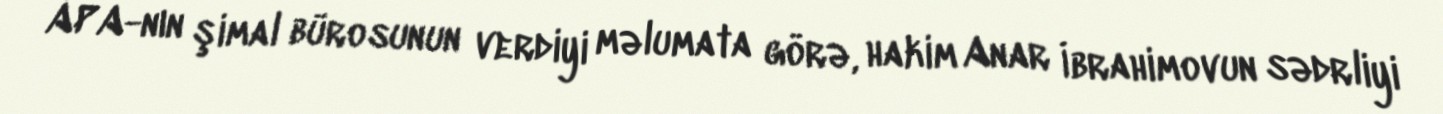
APA-nın şimal bürosunun verdiyi məlumata görə, hakim Anar İbrahimovun sədrliyi